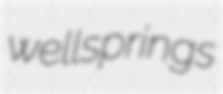
wellsprings